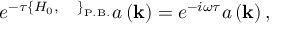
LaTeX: e ^ { - \tau \left\{ H _ { 0 } , \; \; \; \; \; \right\} _ { \mathrm { P . B . } } } a \left( { \bf k } \right) = e ^ { - i \omega \tau } a \left( { \bf k } \right) ,